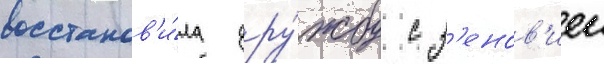
восстанов'и́ла дру́жбу с з'енов'иеи